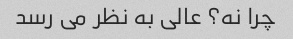
چرا نه؟ عالی به نظر می رسد